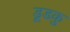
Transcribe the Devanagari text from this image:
डूडकु